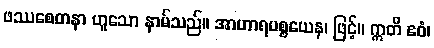
ဖဿစေတနာ ဟူသော နာမ်သည်။ အာဟာရပစ္စယေန၊ ဖြင့်။ ဣတိ ဧဝံ၊